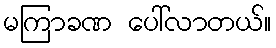
မကြာခဏ ပေါ်လာတယ်။